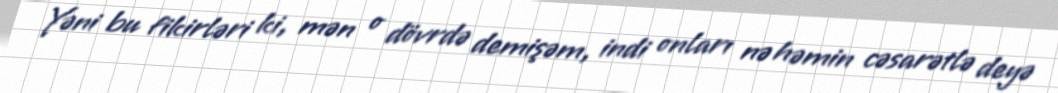
Yəni bu fikirləri ki, mən o dövrdə demişəm, indi onları nə həmin cəsarətlə deyə